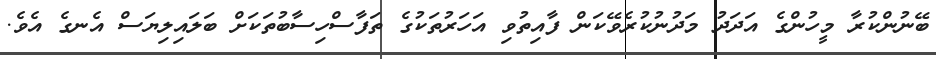
ބޭނުންކުރާ މީހުންގެ އަދަދު މަދުނުކުރެވޭކަން ފާއިތުވި އަހަރުތަކުގެ ތަފާސްހިސާބުތަކަށް ބަލައިލިޔަސް އެނގެ އެވެ.